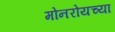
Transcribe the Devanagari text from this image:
मोनरोयच्या